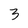
Character: 3